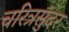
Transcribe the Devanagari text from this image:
चरित्रसुंदर